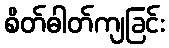
စိတ်ဓါတ်ကျခြင်း